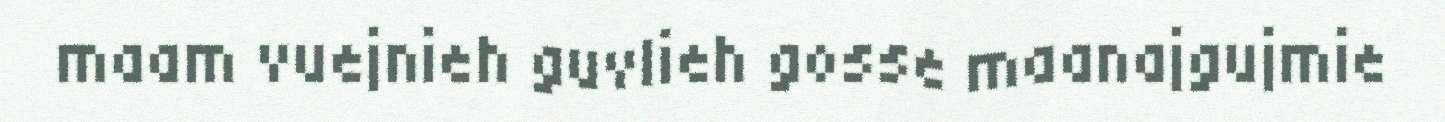
maam vuejnieh guvlieh gosse maanajgujmie